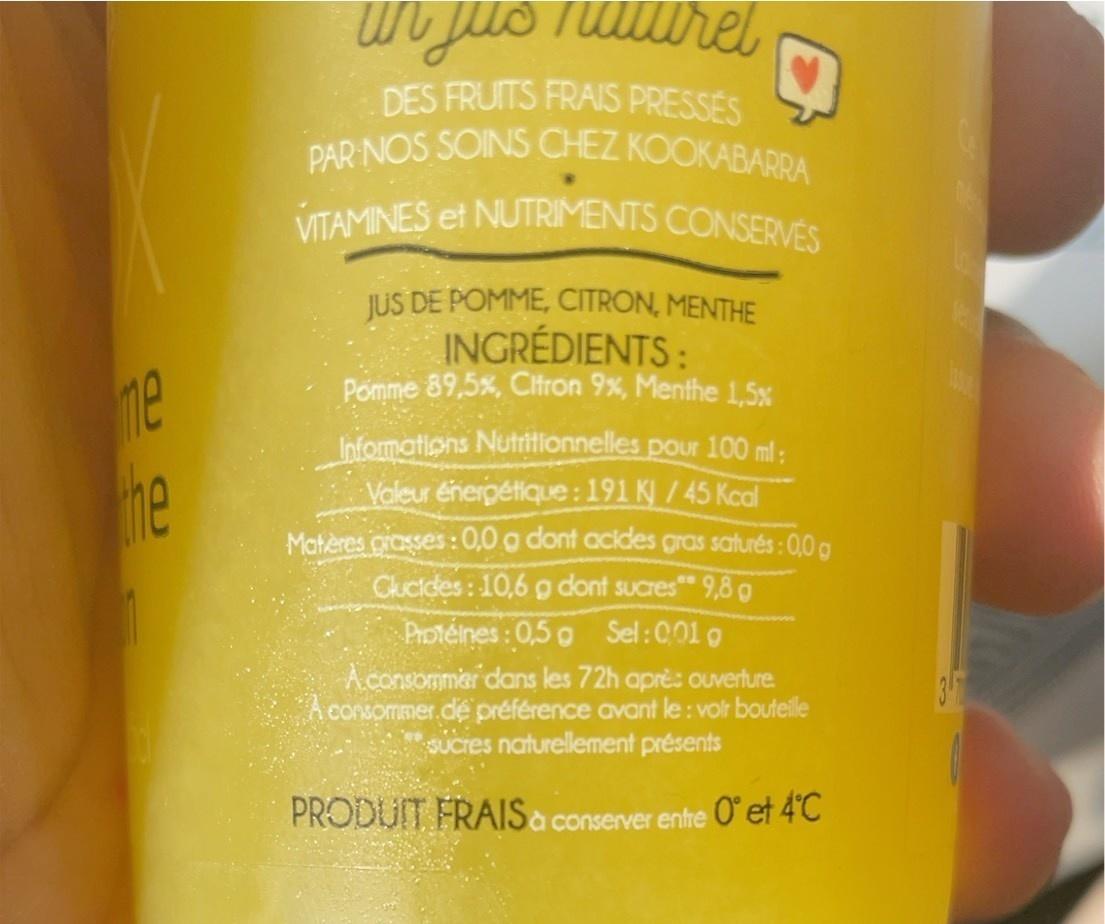
me
the
un jus naturel
DES FRUITS FRAIS PRESSÉS
PAR NOS SOINS CHEZ KOOKABARRA VITAMINES et NUTRIMENTS CONSERVES
JUS DE POMME, CITRON, MENTHE INGRÉDIENTS:
Pomme 89,5%, Citron 9%, Menthe 1,5% Informations Nutritionnelles pour 100 ml: Valeur énergétique: 191 KJ / 45 Kcal
Matères grasses: 0,0 g dont acides gras saturés: 0,0 g Clucides: 10,6 g dont sucres** 9,8 g
C
Protéines : 0,5 g Sel: 001g
Aconsommer dans les 72h aprè: ouverture. A consommer.de préférence avant le : voir bouteille Sucres naturellement présents
PRODUIT FRAIS à conserver entre 0° et 4°C